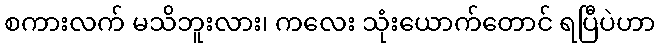
စကားလက် မသိဘူးလား၊ ကလေး သုံးယောက်တောင် ရပြီပဲဟာ